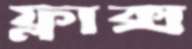
ফ্লাক্স